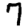
Digit: 7